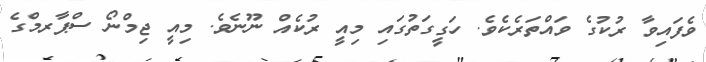
ވެފައިވާ ރުކުގެ ވައްތަރެކެވެ. ހަގީގަތުގައި މިއީ ރުކެއް ނޫނެވެ. މިއީ ޖިމްނޯ ސްޕާރމްގެ